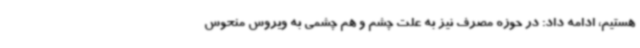
هستیم، ادامه داد: در حوزه مصرف نیز به علت چشم و هم چشمی به ویروس منحوس